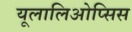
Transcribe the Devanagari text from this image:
यूलालिओप्सिस